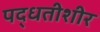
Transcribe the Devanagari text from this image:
पद्धतीशीर